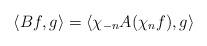
LaTeX: \begin{align*}\langle Bf,g \rangle=\langle \chi_{-n}A(\chi_nf),g\rangle\end{align*}